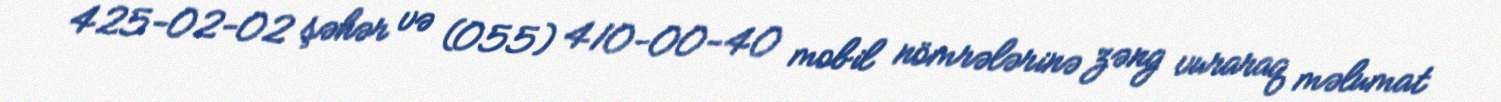
425-02-02 şəhər və (055) 410-00-40 mobil nömrələrinə zəng vuraraq məlumat